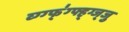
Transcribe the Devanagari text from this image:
व्ग्ग्फ्॑ग्फ्ह्ग्ज्जु